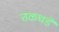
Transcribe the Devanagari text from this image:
तळघडे